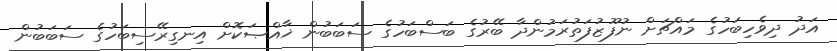
އަދު ދިވެހިބަހުގެ މައްޗަށް ނުފޫޒުފަތުރަމުންދާ ބޭރުގެ ބަސްބަހުގެ ސަބަބުން ޚާއްޞަކޮށް އިނގިރޭސިބަހުގެ ސަބަބުން